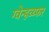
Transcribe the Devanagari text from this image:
ग्वेन्हव्य्फर